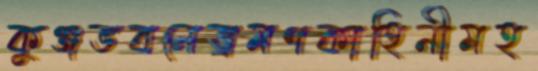
কুঞ্জভবনেভ্রমণকাহিনীমহ